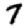
Digit: 7